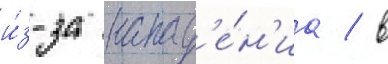
и́з-за напад'е́н'иа / в